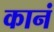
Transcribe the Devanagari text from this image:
कानं